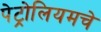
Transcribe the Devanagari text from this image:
पेट्रोलियमचे